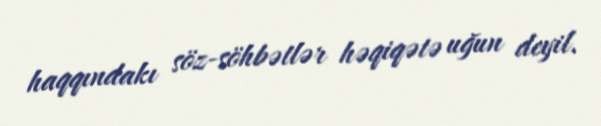
haqqındakı söz-söhbətlər həqiqətə uğun deyil.